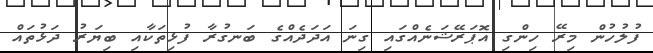
ފުލުހުން މިރޭ ހިންގި އޮޕަރޭޝަނެއްގައި ގިނަ އަދަދެއްގެ ބަނގުރާ ފުޅިތަކާއި ބިޔަރު ދަޅުތައް